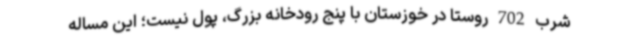
شرب 702 روستا در خوزستان با پنج رودخانه بزرگ، پول نیست؛ این مساله